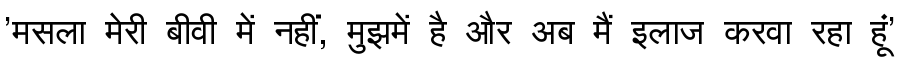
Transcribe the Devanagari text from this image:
'मसला मेरी बीवी में नहीं, मुझमें है और अब मैं इलाज करवा रहा हूं'